system: You are a helpful assistant.
user:
Analyze the provided spectrum to determine if it is a **White Dwarf (WD)**.

A White Dwarf spectrum is defined by its **extreme purity** (due to gravitational settling) and/or **extreme pressure broadening** (due to high surface gravity). You must check for one of the following mutually exclusive signatures:

- **Key Visual Indicators (Check for ONE of these types):**

    - **1. DA-Type Signature (Most Common):**
        - **(Primary Feature):** Extreme pressure broadening (Stark broadening) of the **Hydrogen (H) Balmer lines**.
        - **(Key Lines):** $H\beta$ (approx. $4861$ Å) and $H\gamma$ (approx. $4340$ Å). $H\alpha$ (approx. $6563$ Å) will also be present if the wavelength range covers it.
        - **(Line Profile):** This is the **defining feature**. The lines are **NOT** sharp. They appear as massive, **extremely broad and deep "troughs" or "dips"** in the spectrum, often hundreds of Ångströms wide. The continuum will appear to "scoop" down at these wavelengths.
        - **(Distinction):** Normal A-type or B-type stars have *narrow* and *sharp* Hydrogen lines. A DA White Dwarf's lines are unmistakably "smeared" or "blurry" from pressure.

    - **2. DB-Type Signature:**
        - **(Primary Feature):** Broad absorption lines from **Neutral Helium (He I)**. The spectrum must lack any visible Hydrogen lines.
        - **(Key Lines):** Look for broad absorption near $4471$ Å, $4921$ Å, and $5876$ Å.
        - **(Line Profile):** These lines are also significantly pressure-broadened, appearing much wider than they would in a normal B-type main-sequence star.

    - **3. DC-Type Signature:**
        - **(Primary Feature):** A **featureless continuous spectrum**.
        - **(Line Profile):** The spectrum is a smooth curve with **no significant absorption or emission lines**.
        - **(Key Confirmation):** The continuum is almost always **blue or white**, indicating a hot object. This signature implies the atmosphere is so pure (or so cool) that no spectral lines are visible in the optical range. Its WD identity is confirmed by its extremely low intrinsic brightness (high absolute magnitude).

    - **4. DZ-Type Signature (Metal-Polluted):**
        - **(Primary Feature):** **Isolated, narrow metal absorption lines** on an otherwise featureless (DC-like) continuum.
        - **(Key Lines):** The **Calcium (Ca II) H & K doublet** (approx. **$3934$ Å** and **$3968$ Å**) is the most common and defining feature.
        - **(Line Profile):** These lines are "out of place." They are *not* part of a "forest" of thousands of lines. This signature is evidence of recent *accretion* (pollution) from rocky debris.
        - **(Distinction):** Normal G/K/M stars have a *dense forest* of thousands of metal lines. A DZ has a *clean* continuum with *only a few* strong metal lines.

    - **5. DQ-Type Signature (Carbon-Polluted):**
        - **(Primary Feature):** Absorption bands from **Carbon (C₂ "Swan Bands" or atomic C I)**.
        - **(Key Lines - C₂):** Look for bandheads with a "saw-tooth" shape near $5635$ Å, **$5165$ Å** (strongest), and $4737$ Å.
        - **(Key Confirmation):** The underlying **continuum must be blue or white** (hot).
        - **(Distinction):** This is the critical difference from a **Carbon Star**, which has the *exact same* C₂ bands but on an extremely **red, cool** continuum.

- **(Overall Spectrum):**
    - The continuum (overall shape) is typically **blue-sloping** (brighter in the blue than the red), as most white dwarfs are very hot.
    - The spectrum will look "pure" or "simple," dominated by only *one* of the five signatures listed above.

Think first, call **spectral_visualization_tool** if needed to examine features in detail, then provide your final answer. Your response must adhere to the following strict rules:
1.  **Overall Structure:** Your response must follow the format `<think>...</think> <tool_call>...</tool_call> (if a tool is used) <answer>...</answer>`.
2.  **Tool Usage Constraint:** You may only make **one** tool call per turn.
3.  **Final Answer Format:** In the `<answer>` tag, your conclusion must be inside a `\boxed{}` command (e.g., `\boxed{YES}` or `\boxed{NO}`), followed by your justification.

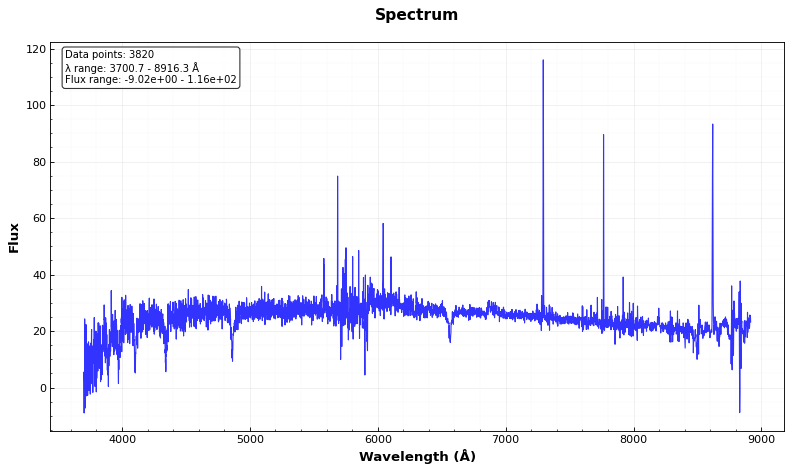
Answer: YES